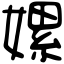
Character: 嫘